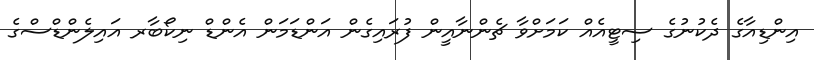
އިންޑިއާގެ ދެކުނުގެ ސިޓީއެއް ކަމަށްވާ ޗެންނާއީން ފުރައިގެން އަންޑަމަން އެންޑް ނިކޯބާރ އައިލެންޑްސްގެ